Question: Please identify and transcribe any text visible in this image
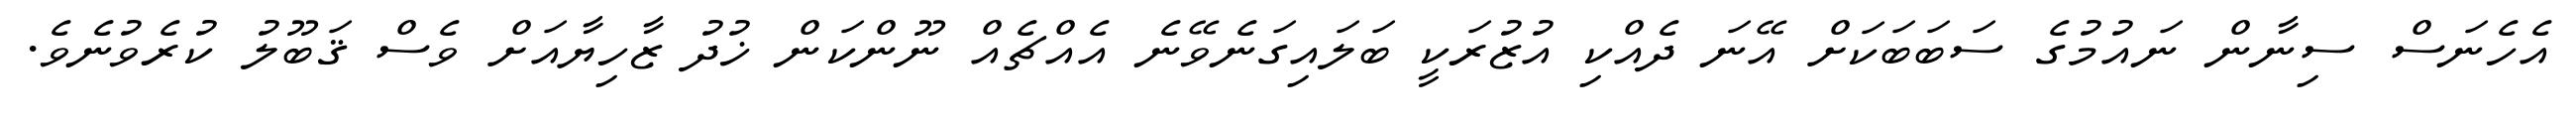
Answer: އެހެނަސް ސިނާން ނައުމުގެ ސަބަބަކަށް އޭނަ ދެއްކި އުޒުރަކީ ބަލައިގަނެވޭނެ އެއްޗެއް ނޫންކަން ޚުދު ޒާހިޔާއަށް ވެސް ޤަބޫލު ކުރެވުނެވެ.